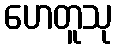
ဟေတူသု